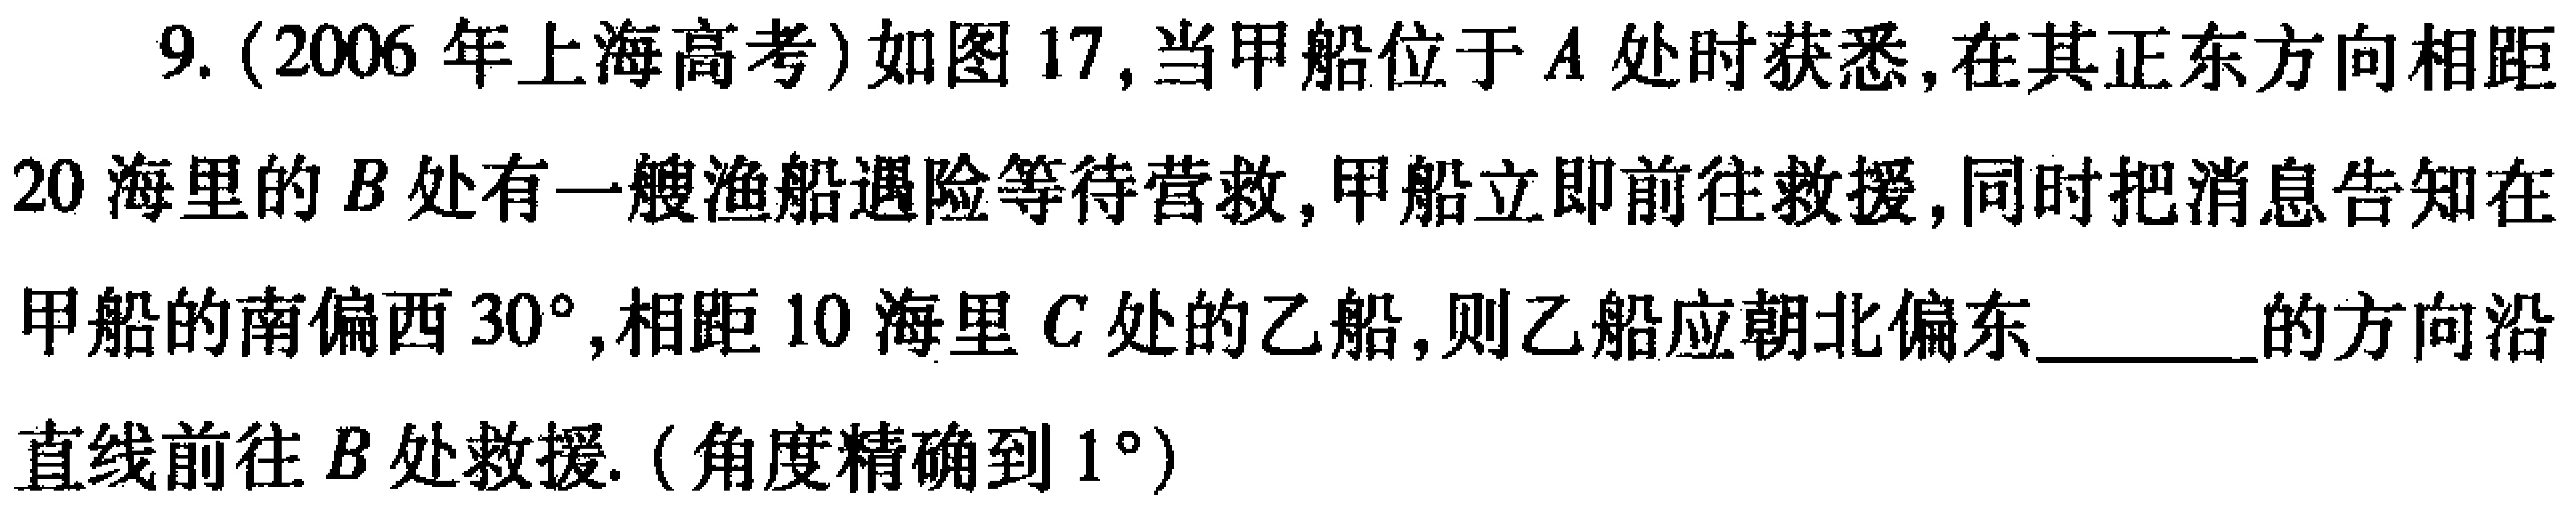
9. (2006 年上海高考) 如图 17, 当甲船位于 \(A\) 处时获悉, 在其正东方向相距
20 海里的 \(B\) 处有一艘渔船遇险等待营救, 甲船立即前往救援, 同时把消息告知在
甲船的南偏西 \(30^{\circ}\), 相距 10 海里 \(C\) 处的乙船, 则乙船应朝北偏东 \_\_\_\_\_ 的方向沿
直线前往 \(B\) 处救援. (角度精确到 \(1^{\circ}\))